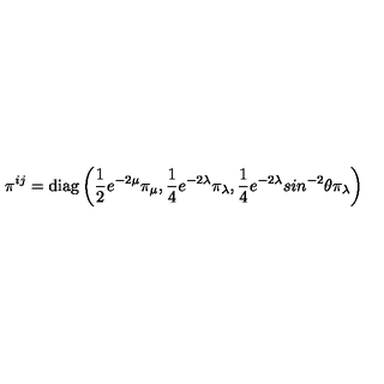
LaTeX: \pi ^ { i j } = \mathrm { d i a g } \left( \frac { 1 } { 2 } e ^ { - 2 \mu } \pi _ { \mu } , \frac { 1 } { 4 } e ^ { - 2 \lambda } \pi _ { \lambda } , \frac { 1 } { 4 } e ^ { - 2 \lambda } s i n ^ { - 2 } \theta \pi _ { \lambda } \right)